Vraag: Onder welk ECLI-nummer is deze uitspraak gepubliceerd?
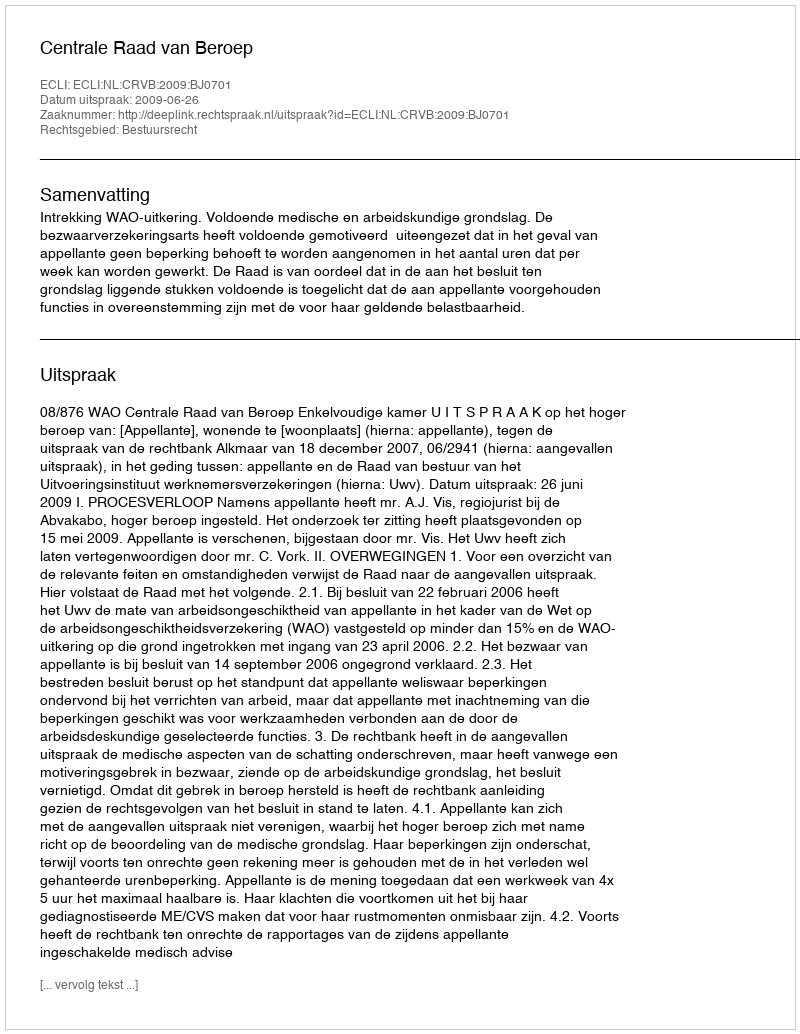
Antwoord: ECLI:NL:CRVB:2009:BJ0701